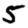
Digit: 5